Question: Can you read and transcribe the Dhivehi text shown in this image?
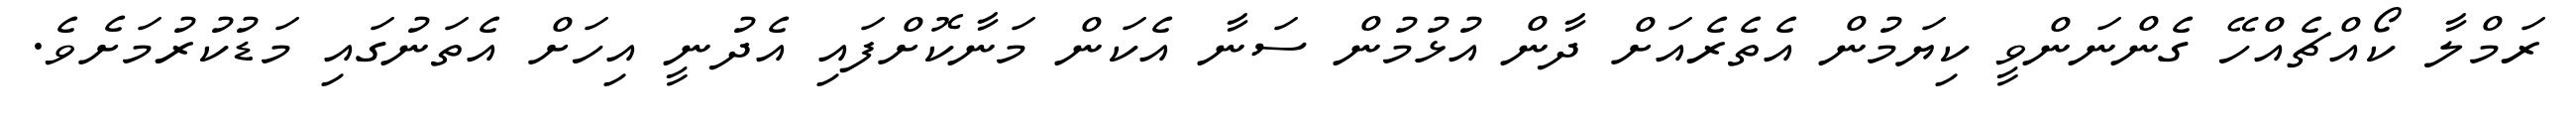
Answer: ރަމްލާ ކޯއްޗެއްހޭ ގެންނަންވީ ކިޔަމުން އެތެރެއަށް ދާން އުޅުމުން ސަނާ އެކަން މަނާކޮށްފައި އެދުނީ އިހަށް އެތަނުގައި މަޑުކުރުމަށެވެ.